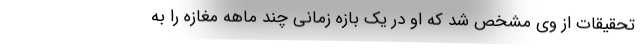
تحقیقات از وی مشخص شد که او در یک بازه زمانی چند ماهه مغازه را به